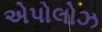
એપોલોઝ